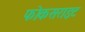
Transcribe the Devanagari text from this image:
फोकसराइट